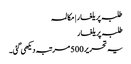
طلبہ پر یلغار | مکالمہ
طلبہ پر یلغار
یہ تحریر 500 مرتبہ دیکھی گئی۔